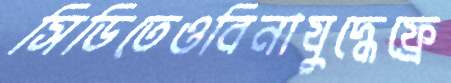
সিডিতেওবিনাযুদ্ধেফ্রে